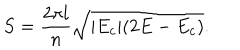
LaTeX: S = \frac { 2 \pi l } { n } \sqrt { | E _ { c } | ( 2 E - E _ { c } ) } .